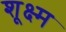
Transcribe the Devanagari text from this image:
शूक्ष्म